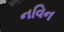
નવિન